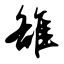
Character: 雒